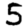
Digit: 5